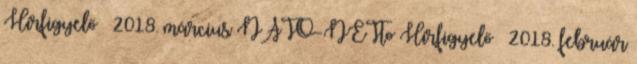
Hírfigyelő – 2018. március NATO-NETto Hírfigyelő – 2018. február